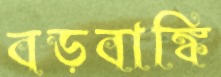
বড়বাঙ্কি